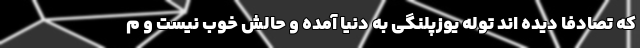
که تصادفا دیده اند توله یوزپلنگی به دنیا آمده و حالش خوب نیست و م